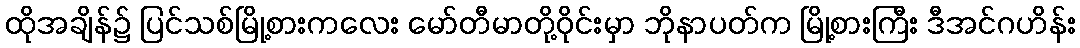
ထိုအချိန်၌ ပြင်သစ်မြို့စားကလေး မော်တီမာတို့ဝိုင်းမှာ ဘိုနာပတ်က မြို့စားကြီး ဒီအင်ဂဟိန်း